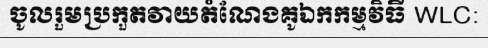
ចូលរួមប្រកួតវាយតំណែងគូឯកកម្មវិធី WLC: